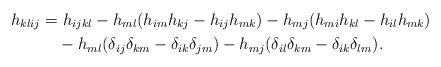
\begin{align*}h_{klij}=&\ h_{ijkl}-h_{ml}(h_{im}h_{kj}-h_{ij}h_{mk})-h_{mj}(h_{mi}h_{kl}-h_{il}h_{mk})\\ &-h_{ml}(\delta_{ij}\delta_{km}-\delta_{ik}\delta_{jm}) -h_{mj}(\delta_{il}\delta_{km}-\delta_{ik}\delta_{lm}).\end{align*}